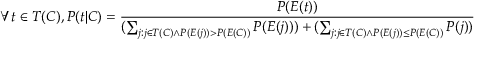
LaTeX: \forall t \in T ( C ) , P ( t | C ) = { \frac { P ( E ( t ) ) } { ( \sum _ { j : j \in T ( C ) \land P ( E ( j ) ) > P ( E ( C ) ) } P ( E ( j ) ) ) + ( \sum _ { j : j \in T ( C ) \land P ( E ( j ) ) \leq P ( E ( C ) ) } P ( j ) ) } }